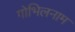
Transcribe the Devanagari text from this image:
गोभिलनाम